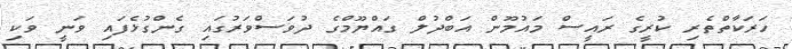
ހަރަކާތްތެރި ކުރީގެ ރައީސް މައުމޫން އަބްދުލް ގައްޔޫމްގެ ދުވަސްވަރުގައި ގެންގުޅެފައި ވަނީ ވަކި